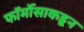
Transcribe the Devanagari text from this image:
फॉर्मोसाकडून